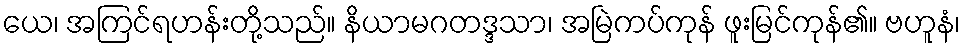
ယေ၊ အကြင်ရဟန်းတို့သည်။ နိယာမဂတဒ္ဒသာ၊ အမြဲကပ်ကုန် ဖူးမြင်ကုန်၏။ ဗဟူနံ၊